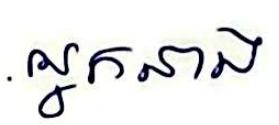
អ្នកនាង